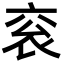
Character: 衮